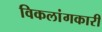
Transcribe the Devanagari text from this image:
विकलांगकारी